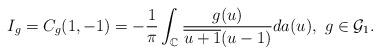
LaTeX: \begin{align*}I_{g}=C_{g}(1,-1) = -\frac{1}{\pi}\int_{\mathbb{C} }\frac{g(u)}{\overline{u+1} (u-1)} da(u),\ g\in\mathcal{G}_1 .\end{align*}